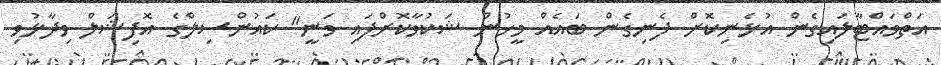
އަތްވައްޓާލައިގެން އުޅެނިކޮށް ފެނިގެން ބައެއް މީހުން ޝަކުވާކޮށްފައި ވަނީ" ކައުންސިލްގެ އޮފިޝަލް ވިދާޅުވި